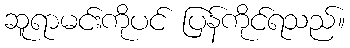
ဆူရာမင်းကိုပင် ပြန်ကိုင်ရသည်။